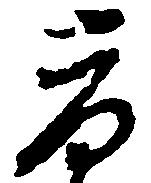
荷